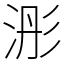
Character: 浵